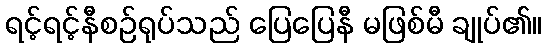
ရင့်ရင့်နီစဉ်ရုပ်သည် ပြေပြေနီ မဖြစ်မီ ချုပ်၏။